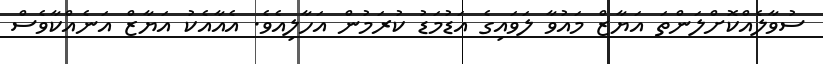
ސުވާލެއްކޮށްލަންތަ އަޔާޒް މައުވާ ލަވައިގެ އަޑުމަޑު ކުރަމުން އަހާލިއެވެ. އެއާއެކު އަޔާޒް އަނެއްކާވެސް